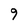
Character: 9